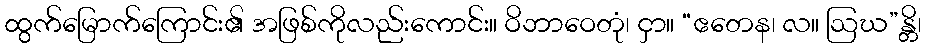
ထွက်မြောက်ကြောင်း၏ အဖြစ်ကိုလည်းကောင်း။ ဝိဘာဝေတုံ၊ ငှာ။ “ဧတေန၊ လ။ ဩဃ”န္တိ၊